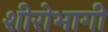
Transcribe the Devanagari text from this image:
शीरोभागी